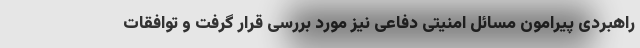
راهبردی پیرامون مسائل امنیتی دفاعی نیز مورد بررسی قرار گرفت و توافقات